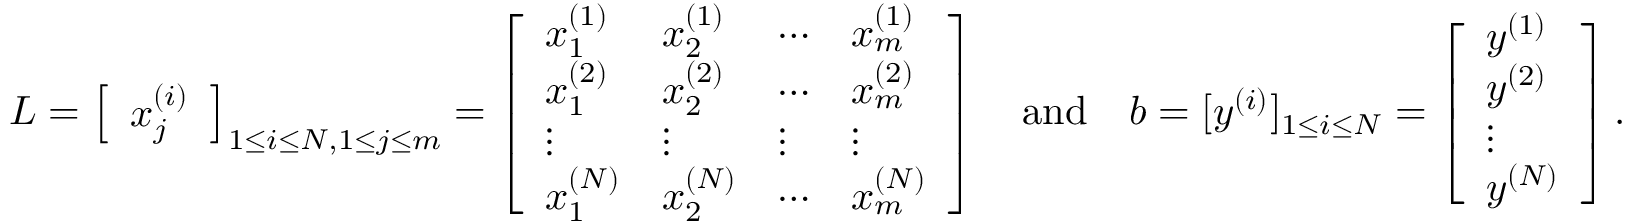
L = \left[ \begin{array} { l } { x _ { j } ^ { ( i ) } } \end{array} \right] _ { 1 \leq i \leq N , 1 \leq j \leq m } = \left[ \begin{array} { l l l l } { x _ { 1 } ^ { ( 1 ) } } & { x _ { 2 } ^ { ( 1 ) } } & { \cdots } & { x _ { m } ^ { ( 1 ) } } \\ { x _ { 1 } ^ { ( 2 ) } } & { x _ { 2 } ^ { ( 2 ) } } & { \cdots } & { x _ { m } ^ { ( 2 ) } } \\ { \vdots } & { \vdots } & { \vdots } & { \vdots } \\ { x _ { 1 } ^ { ( N ) } } & { x _ { 2 } ^ { ( N ) } } & { \cdots } & { x _ { m } ^ { ( N ) } } \end{array} \right] \quad \mathrm { a n d } \quad b = [ y ^ { ( i ) } ] _ { 1 \leq i \leq N } = \left[ \begin{array} { l } { y ^ { ( 1 ) } } \\ { y ^ { ( 2 ) } } \\ { \vdots } \\ { y ^ { ( N ) } } \end{array} \right] .